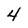
Character: 4